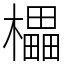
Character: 櫑